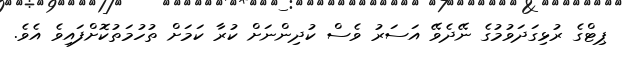
ޕިޓްގެ ރުޅިގަދަވުމުގެ ނޭދެވޭ އަސަރު ވެސް ކުދިންނަށް ކުރާ ކަމަށް ތުހުމަތުކޮށްފައިވެ އެވެ.